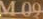
M 09